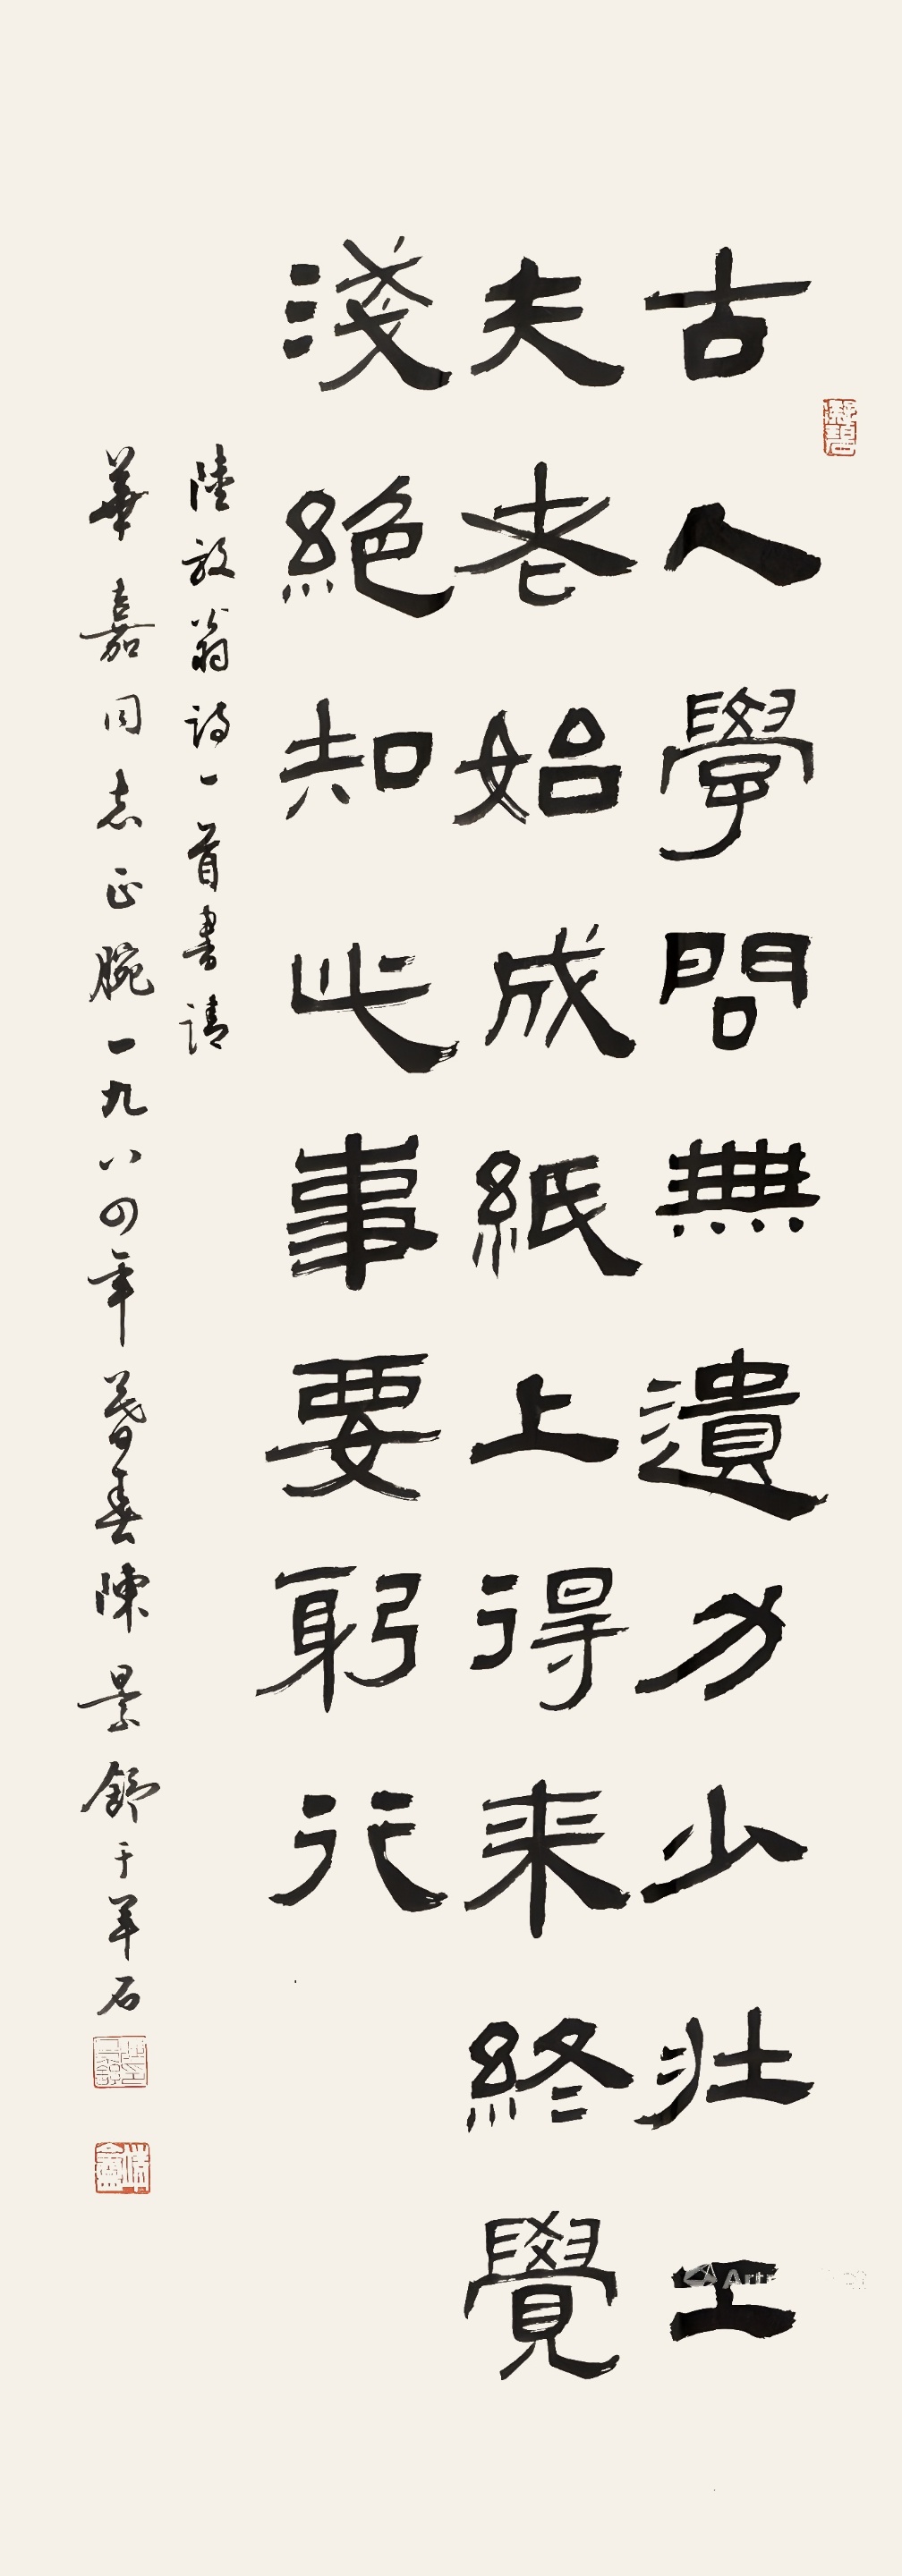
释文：古人学问无遗力，少壮工夫老始成。纸上得来终觉浅，绝知此事要躬行。陆放翁诗一首，书请华嘉同志正腕。一九八四年暮春，陈景舒于羊石。